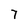
Character: 7